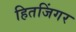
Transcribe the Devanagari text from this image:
हितजिंगर